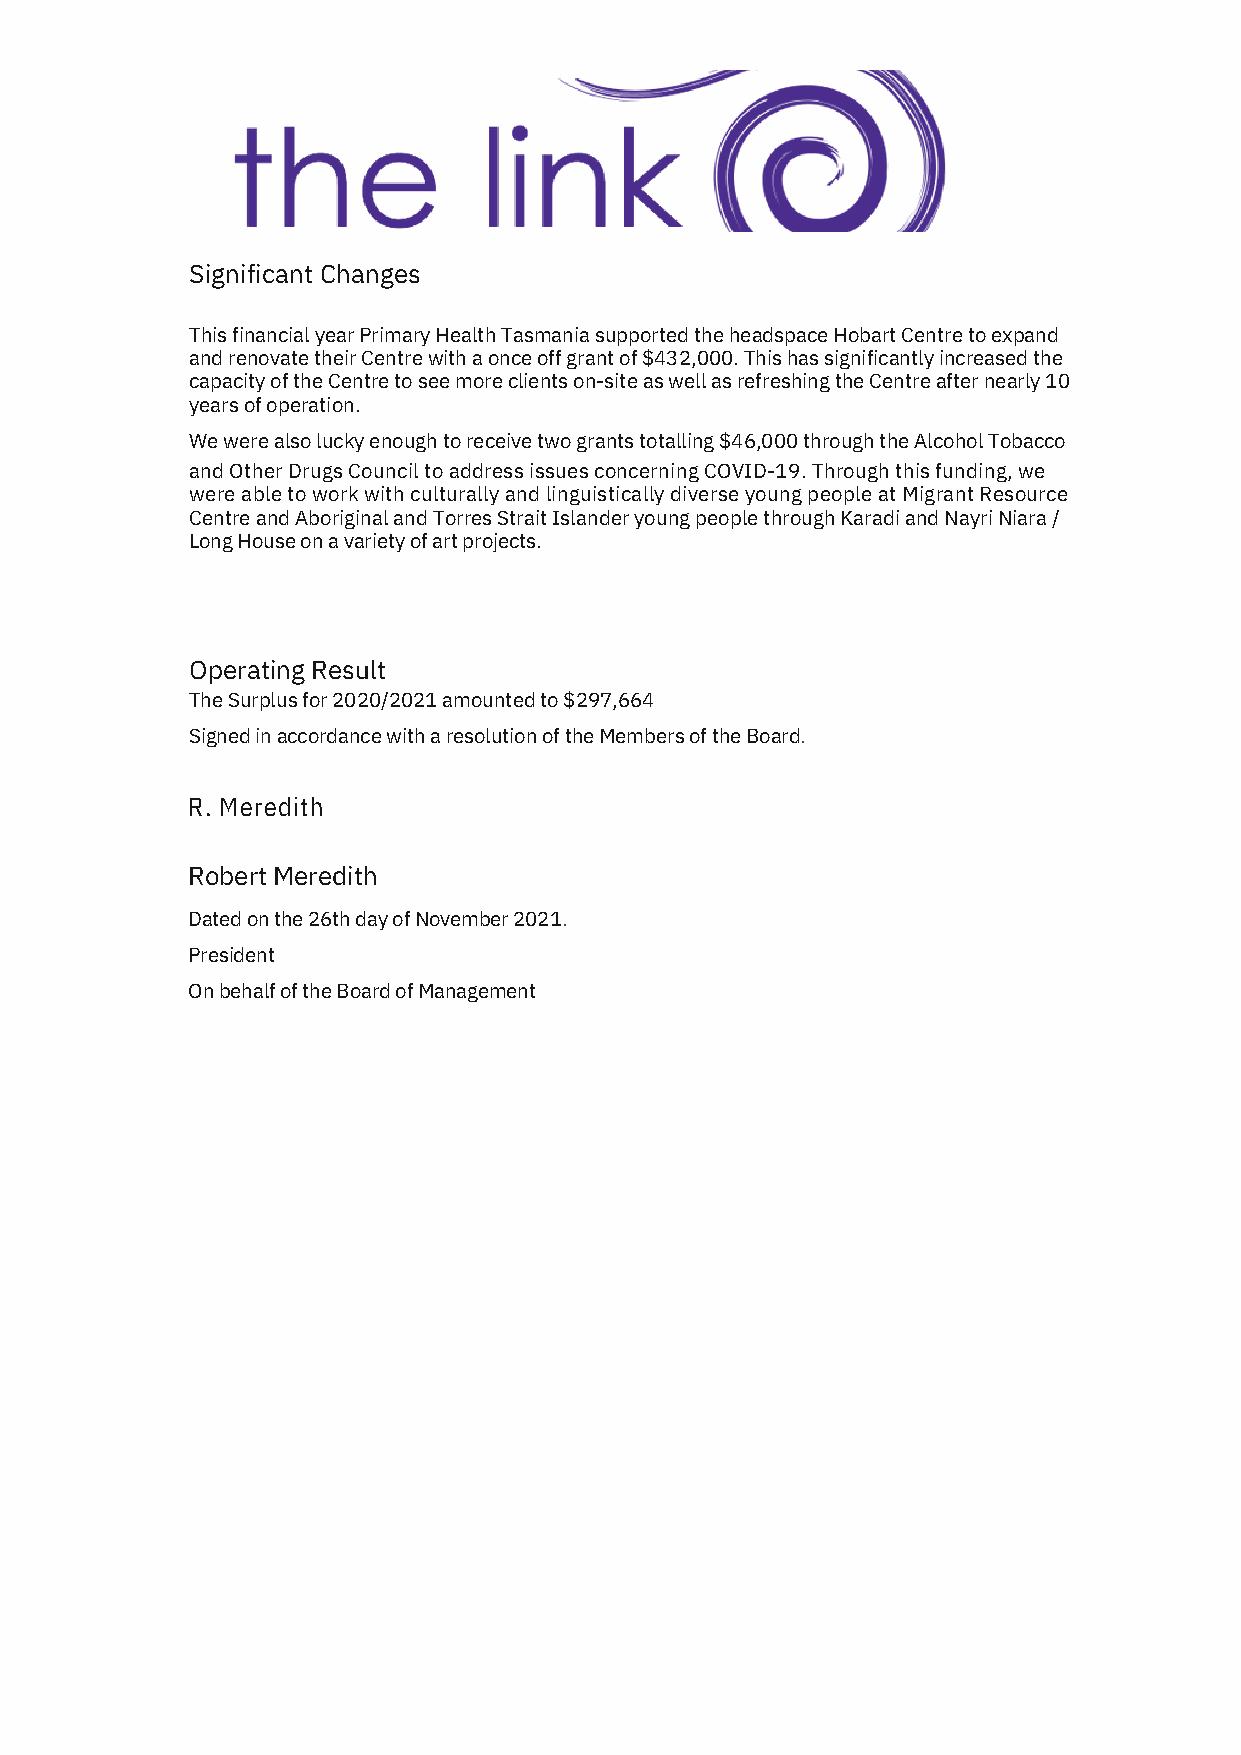
Significant Changes
 This financial year Primary Health Tasmania supported the headspace Hobart Centre to expand
 and renovate their Centre with a once off grant of $432,000. This has significantly increased the
 capacity of the Centre to see more clients on-site as well as refreshing the Centre after nearly 10
 years of operation.
 We were also lucky enough to receive two grants totalling $46,000 through the Alcohol Tobacco
 and Other Drugs Council to address issues concerning COVID-19. Through this funding, we
 were able to work with culturally and linguistically diverse young people at Migrant Resource
 Centre and Aboriginal and Torres Strait Islander young people through Karadi and Nayri Niara /
 Long House on a variety of art projects.
 Operating Result
 The Surplus for 2020/2021 amounted to $297,664
 Signed in accordance with a resolution of the Members of the Board.
 R. Meredith
 Robert Meredith
 Dated on the 26th day of November 2021.
 President
 On behalf of the Board of Management